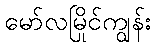
မော်လမြိုင်ကျွန်း